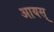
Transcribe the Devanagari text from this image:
आयस्